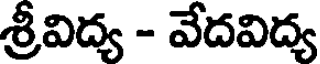
శ్రీవిద్య - వేదవిద్య